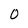
Character: O